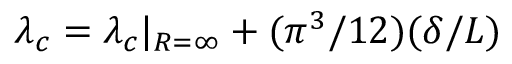
\lambda _ { c } = \lambda _ { c } | _ { R = \infty } + ( \pi ^ { 3 } / 1 2 ) ( \delta / L )